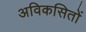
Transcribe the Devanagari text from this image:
अविकसितों